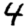
Digit: 4